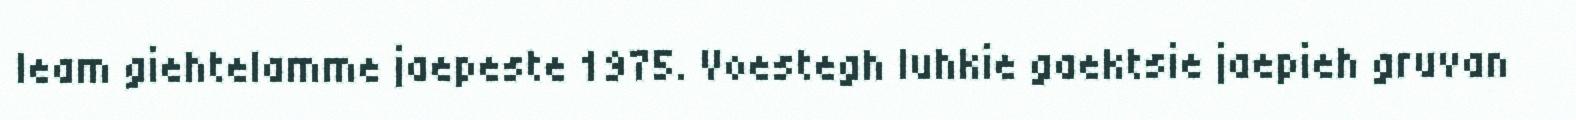
leam giehtelamme jaepeste 1975. Voestegh luhkie gaektsie jaepieh gruvan